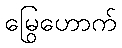
မြွေဟောက်